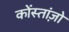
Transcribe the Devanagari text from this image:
कोंस्तांज़ो